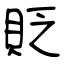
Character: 貶